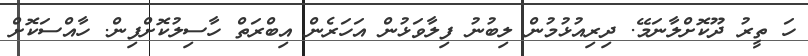
ހަ ތީރު ދޫކޮށްލާނަމޭ. ދިރިއުޅުމުން ލިބުނު ފިލާވަޅުން އަހަރެން އިބްރަތް ހާސިލުކޮށްފިން. ހާއްސަކޮށް